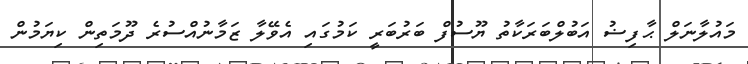
މައުލާނަލް ޙާފިޟު އަބުލްބަރަކާތު ޔޫސުފް ބަރުބަރީ ކަމުގައި އެވޭލާ ޒަމާނުއްސުރެ ދޫމަތިން ކިޔަމުން